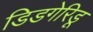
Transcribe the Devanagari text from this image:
डिडगेरिडू